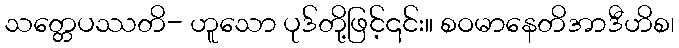
သတ္တေပဿတိ- ဟူသော ပုဒ်တို့ဖြင့်၎င်း။ စဝမာနေတိအာဒီဟိစ၊